Leaving Certificate Examination, 1902
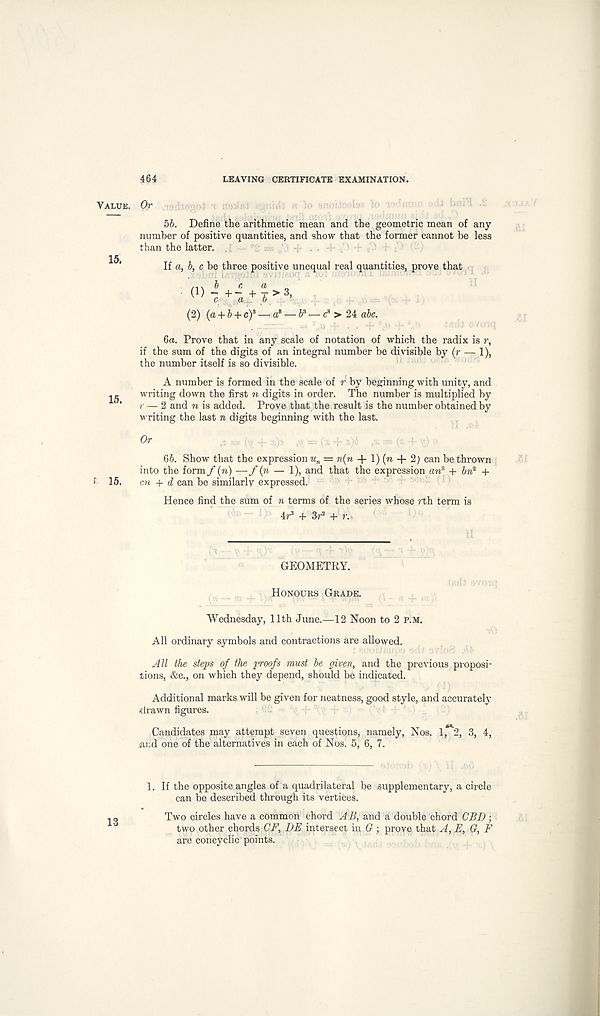
464
LEAVING CERTIFICATE EXAMINATION.
Value. Or
56. Define the arithmetic mean and the geometric mean of any
number of positive quantities, and show that the former cannot be less
than the latter.
If a, b, c be three positive unequal real quantities, prove that
(2) (a + 6 + c) 8 — a 8 — b 3 — c 8 > 24 abc.
6a. Prove that in any scale of notation of which the radix is r,
if the sum of the digits of an integral number be divisible by (r — 1),
the number itself is so divisible.
A number is formed in the scale of r by beginning with unity, and
j- writing down the first n digits in order. The number is multiplied by
’' / — 2 and n is added. Prove that the result is the number obtained by
writing the last n digits beginning with the last.
Or
6b. Show that the expression u„ = n(n 4- 1) (n + 2) can be thrown
into the form f (n) — f (n — 1), and that the expression an 8 + bn 3 +
f 15. cn + d can be similarly expressed.
Hence find the sum of n terms of the series whose ?th term is
4r 3 + 3r 2 + r.
GEOMETRY.
Honours Grade.
Wednesday, 11th June.—12 Noon to 2 p.m.
All ordinary symbols and contractions are allowed.
All the steps of the proofs must be given, and the previous proposi-
tions, &c., on which they depend, should be indicated.
Additional marks will be given for neatness, good style, and accurately
drawn figures.
Candidates may attempt seven questions, namely, Nos. 1,**2, 3, 4,
and one of the alternatives in each of Nos. 5, 6, 7.
1. If the opposite angles of a quadrilateral be supplementary, a circle
can be described through its vertices.
Two circles have a common chord AB, and a double chord CBD;
two other chords CF, DE intersect in G ; prove that A, E, G, F
are concyclic points.